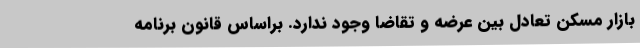
بازار مسکن تعادل بین عرضه و تقاضا وجود ندارد. براساس قانون برنامه